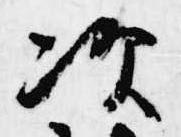
次